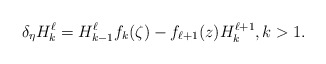
\begin{align*}\delta_{\eta} H_k^{\ell} = H_{k-1}^{\ell} f_k(\zeta) - f_{\ell+1}(z)H_k^{\ell+1}, k>1.\end{align*}